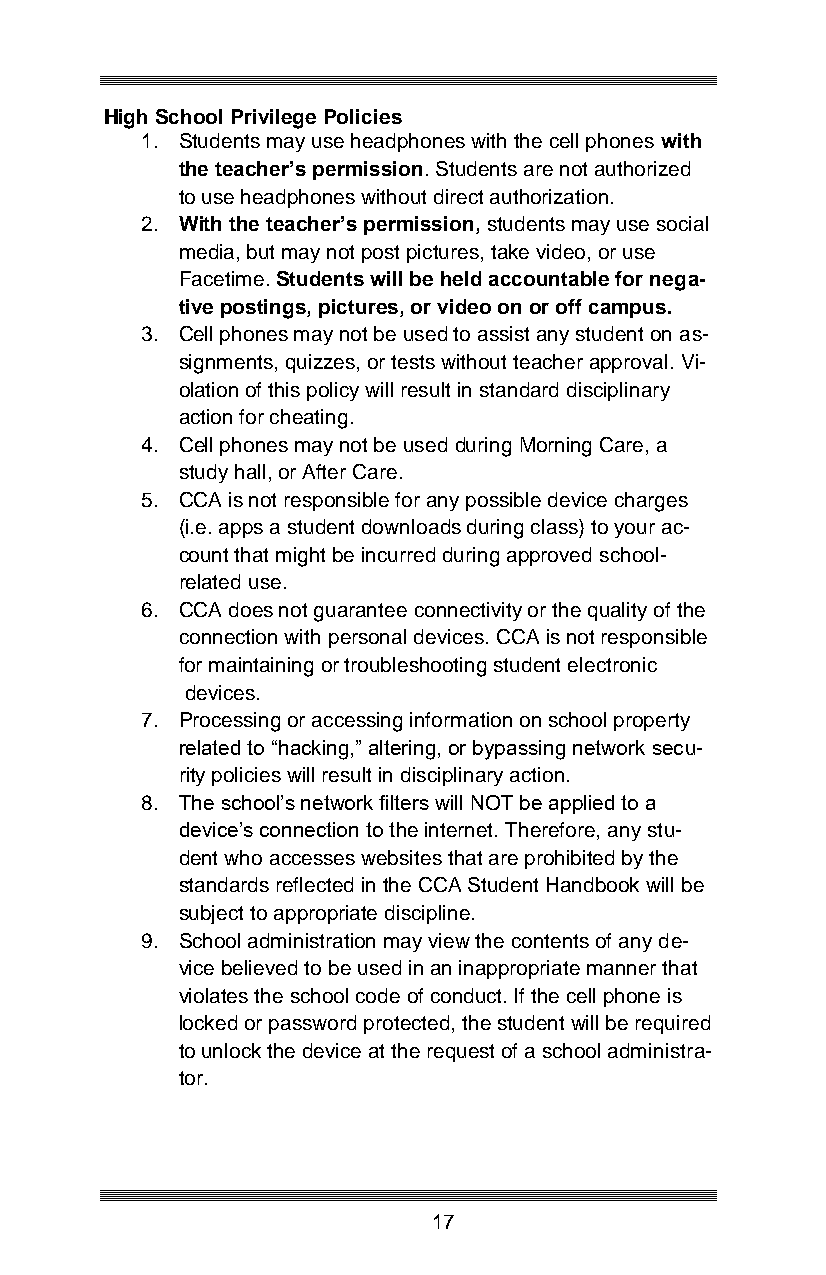
High School Privilege Policies
 1. Students may use headphones with the cell phones with
 the teacher’s permission. Students are not authorized
 to use headphones without direct authorization.
 2. With the teacher’s permission, students may use social
 media, but may not post pictures, take video, or use
 Facetime. Students will be held accountable for nega-
 tive postings, pictures, or video on or off campus.
 3. Cell phones may not be used to assist any student on as-
 signments, quizzes, or tests without teacher approval. Vi-
 olation of this policy will result in standard disciplinary
 action for cheating.
 4. Cell phones may not be used during Morning Care, a
 study hall, or After Care.
 5. CCA is not responsible for any possible device charges
 (i.e. apps a student downloads during class) to your ac-
 count that might be incurred during approved school-
 related use.
 6. CCA does not guarantee connectivity or the quality of the
 connection with personal devices. CCA is not responsible
 for maintaining or troubleshooting student electronic
 devices.
 7. Processing or accessing information on school property
 related to “hacking,” altering, or bypassing network secu-
 rity policies will result in disciplinary action.
 8. The school’s network filters will NOT be applied to a
 device’s connection to the internet. Therefore, any stu-
 dent who accesses websites that are prohibited by the
 standards reflected in the CCA Student Handbook will be
 subject to appropriate discipline.
 9. School administration may view the contents of any de-
 vice believed to be used in an inappropriate manner that
 violates the school code of conduct. If the cell phone is
 locked or password protected, the student will be required
 to unlock the device at the request of a school administra-
 tor.
 17